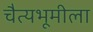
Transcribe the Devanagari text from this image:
चैत्यभूमीला